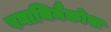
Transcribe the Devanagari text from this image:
पनाथिनैकोस